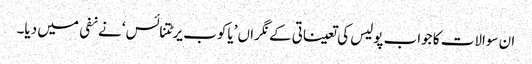
ان سوالات کا جواب پولیس کی تعیناتی کے نگراں ’یاکوب یرٹتنائس‘ نے نفی میں دیا۔